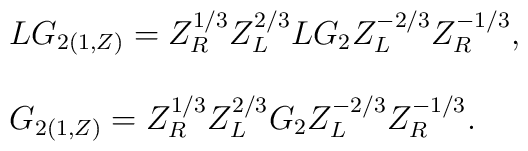
\begin{array}{l}LG_{2(1,Z)} =Z_{R}^{1/3}Z_{L}^{2/3}LG_{2}Z_{L}^{-2/3}Z_{R}^{-1/3}, \\ \\G_{2(1,Z)} =Z_{R}^{1/3}Z_{L}^{2/3}G_{2}Z_{L}^{-2/3}Z_{R}^{-1/3}. \\\end{array}